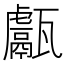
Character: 甗